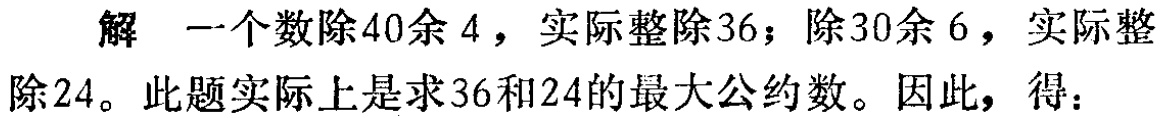
解 一个数除40余4，实际整除36；除30余6，实际整

除24。此题实际上是求36和24的最大公约数。因此，得：